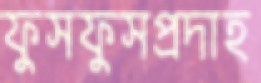
ফুসফুসপ্রদাহ